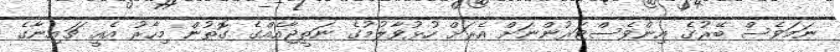
ނަމަވެސް ބޭރުގެ އިންވެސްޓަރުންނަށް އެރަށް ހުޅުވާލުމުގެ ނަތީޖާއެއްގެ ގޮތުން މިހާރު އެއީ ޗައިނާގެ